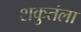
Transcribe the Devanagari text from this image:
शकुतंला